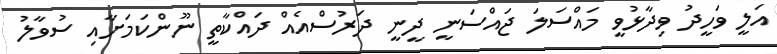
އަލީ ވަހީދު ވިދާޅުވީ މައްސަލަ ޖައްސަނީ ދީނީ ދަރުސްއެއް ދައްކާތީ ނޫންކަމަށާއި ސުވާލު